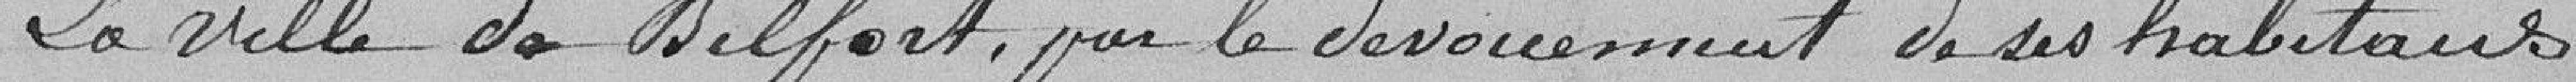
La ville de Belfort, par le dévouement de ses habitants